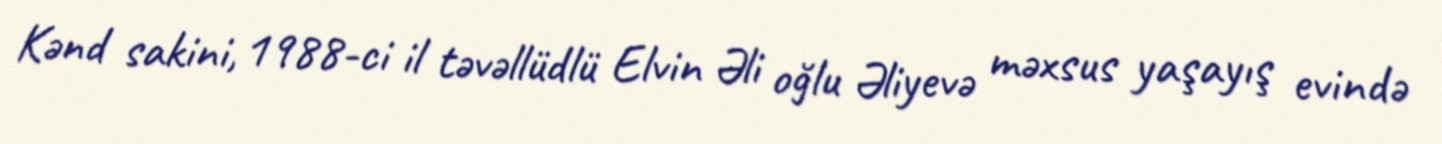
Kənd sakini, 1988-ci il təvəllüdlü Elvin Əli oğlu Əliyevə məxsus yaşayış evində